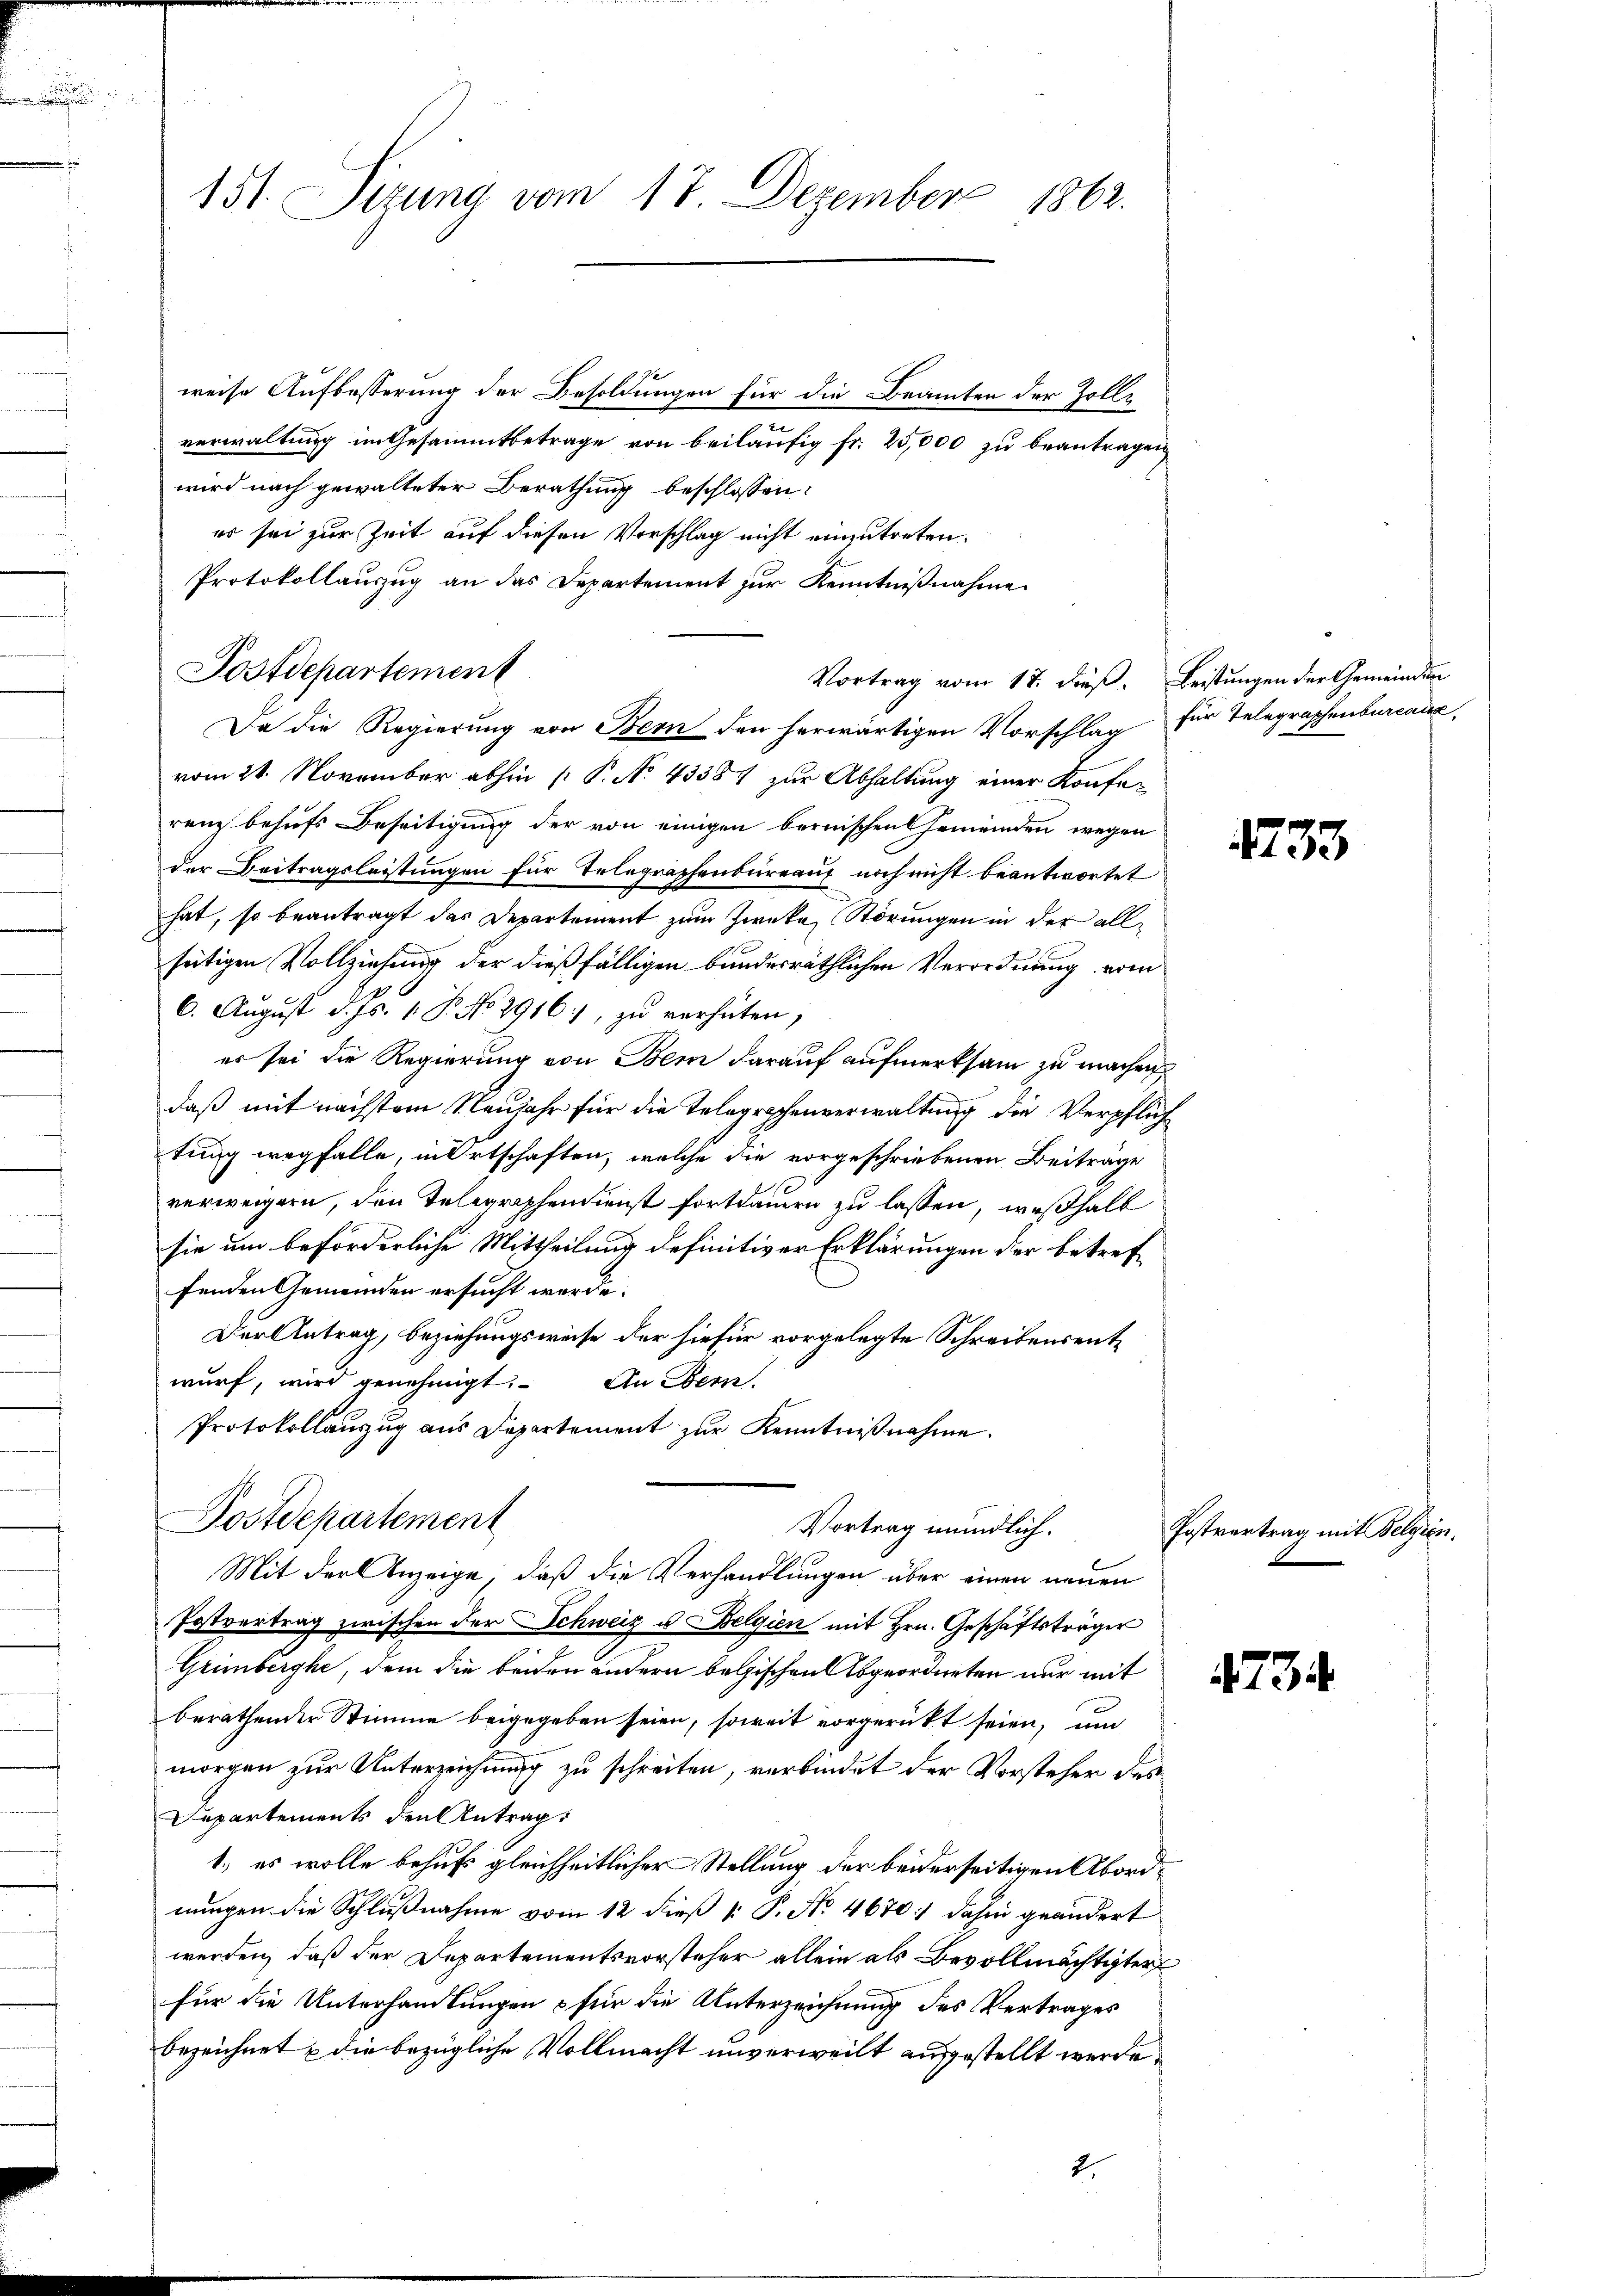
weise Aufbesserung der Besoldungen für die Beamten der Zolle
verwaltung im Gesammtbetrage von beiläufig fr. 25,000 zu beantragen
wird nach gewalteter Berathung beschlossen:
es sei zur Zeit auf diesen Vorschlag nicht einzutreten.
Protokollauszug an das Departement zur Kenntnißnahme
Vortrag vom 17. dieß. Leistungen der Gemeinden
Da die Regierung von Bern den herwärtigen Vorschlag für Telegraphenbureaux,
vom 21. November abhin [ P. No 43387 zur Abhaltung einer Konferenz behufs Beseitigung der von einigen bernischen Gemeinden wegen
der Beitragsleistungen für Telegraphenbureau noch nicht beantwortet
hat, so beantragt das Departement zum Zwecke Störungen in der allseitigen Vollziehung der dießfälligen bundesräthlichen Verordnung vom
6. August d. Js. 1. P. No 2916), zu verhüten,
er sei die Regierung von Bern darauf aufmerksam zu machen
daß mit nächstem Neujahr für die Telegraphenverwaltung die Verpflich
tung wegfalle, in Ortschaften, welche die vorgeschriebenen Beiträge
10
verweigern, den Telegraphendienst fortdamen zu lassen, weßhalb
sie um beförderliche Mittheilung definitiver Erklärungen der betreffenden Gemeinden ersucht werde.
Der Antrag, beziehungsweise der hiefür vorgelegte Schreibensentwurf, wird genehmigt.
An Bern.
Protokollauszug aus Departement zur Kenntnißnahme.
Postdepartement
Vortrag mündlich.
Mit der Anzeige, daß die Verhandlungen über einen neuen
Postvertrag zwischen der Schweiz u. Belgien mit Hrn. Geschäftsträger
Grimberghe, dem die beiden andern belgischen Abgeordneten nur mit
berathender Stimme beigegeben seien, soweit vorgerückt seien, um
morgen zur Unterzeichnung zu schreiten, verbindet der Vorsteher das
Departements den Antrag
1.) es wolle behufs gleichheitlicher Stellung der beiderseitigen Abordnungen die Schlußnahme vom 12 dieß k. P. No 4670) dahin geändert
werden, daß der Departementsvorsteher allein als Bevollmächtigter
für die Unterhandlungen & für die Unterzeichnung des Vertrages
bezeichnet & die bezügliche Vollmacht unverweilt ausgestellt werde,
2.

151. Sizung vom 17. Dezember 1862.

Postdepartement

1733

Postvertrag mit Belgien.

734